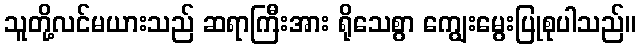
သူတို့လင်မယားသည် ဆရာကြီးအား ရိုသေစွာ ကျွေးမွေးပြုစုပါသည်။